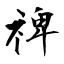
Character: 禆